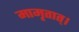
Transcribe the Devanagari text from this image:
मामृतात्‌।